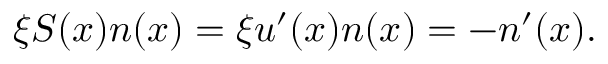
\xi S ( x ) n ( x ) = \xi u ^ { \prime } ( x ) n ( x ) = - n ^ { \prime } ( x ) .